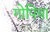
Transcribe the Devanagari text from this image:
गोपिया